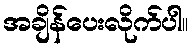
အချိန်ပေးလိုက်ပါ။